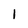
Character: I